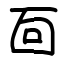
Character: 靣